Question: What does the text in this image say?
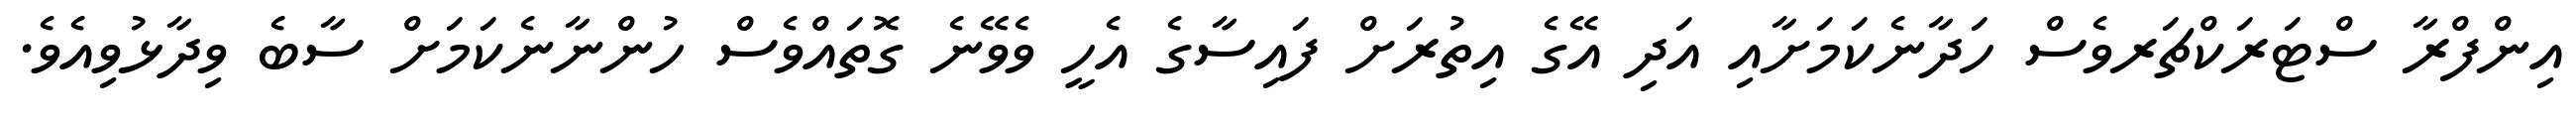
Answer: އިންފްރާ ސްޓަރަކްޗަރވެސް ހަދާނެކަމަށާއި އަދި އޭގެ އިތުރަށް ފައިސާގެ އެހީ ވެވޭނެ ގޮތައްވެސް ހުންނާނެކަމަށް ސާބެ ވިދާޅުވިއެވެ.